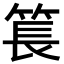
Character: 𥮲